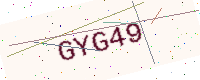
Text: GYG49